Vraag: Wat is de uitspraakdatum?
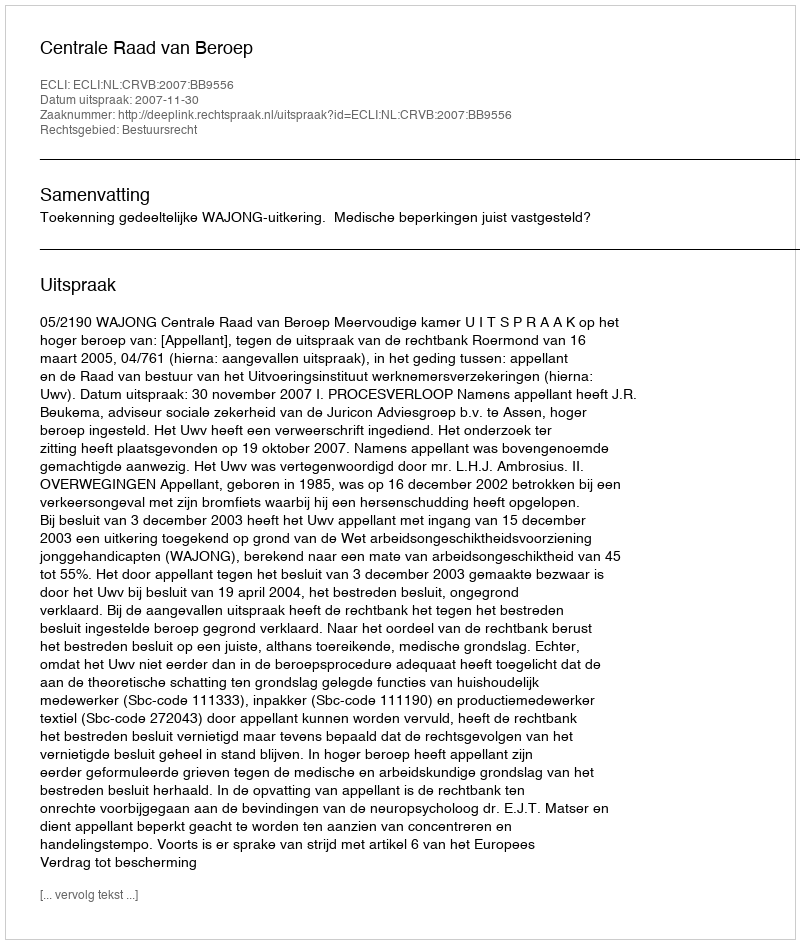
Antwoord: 2007-11-30